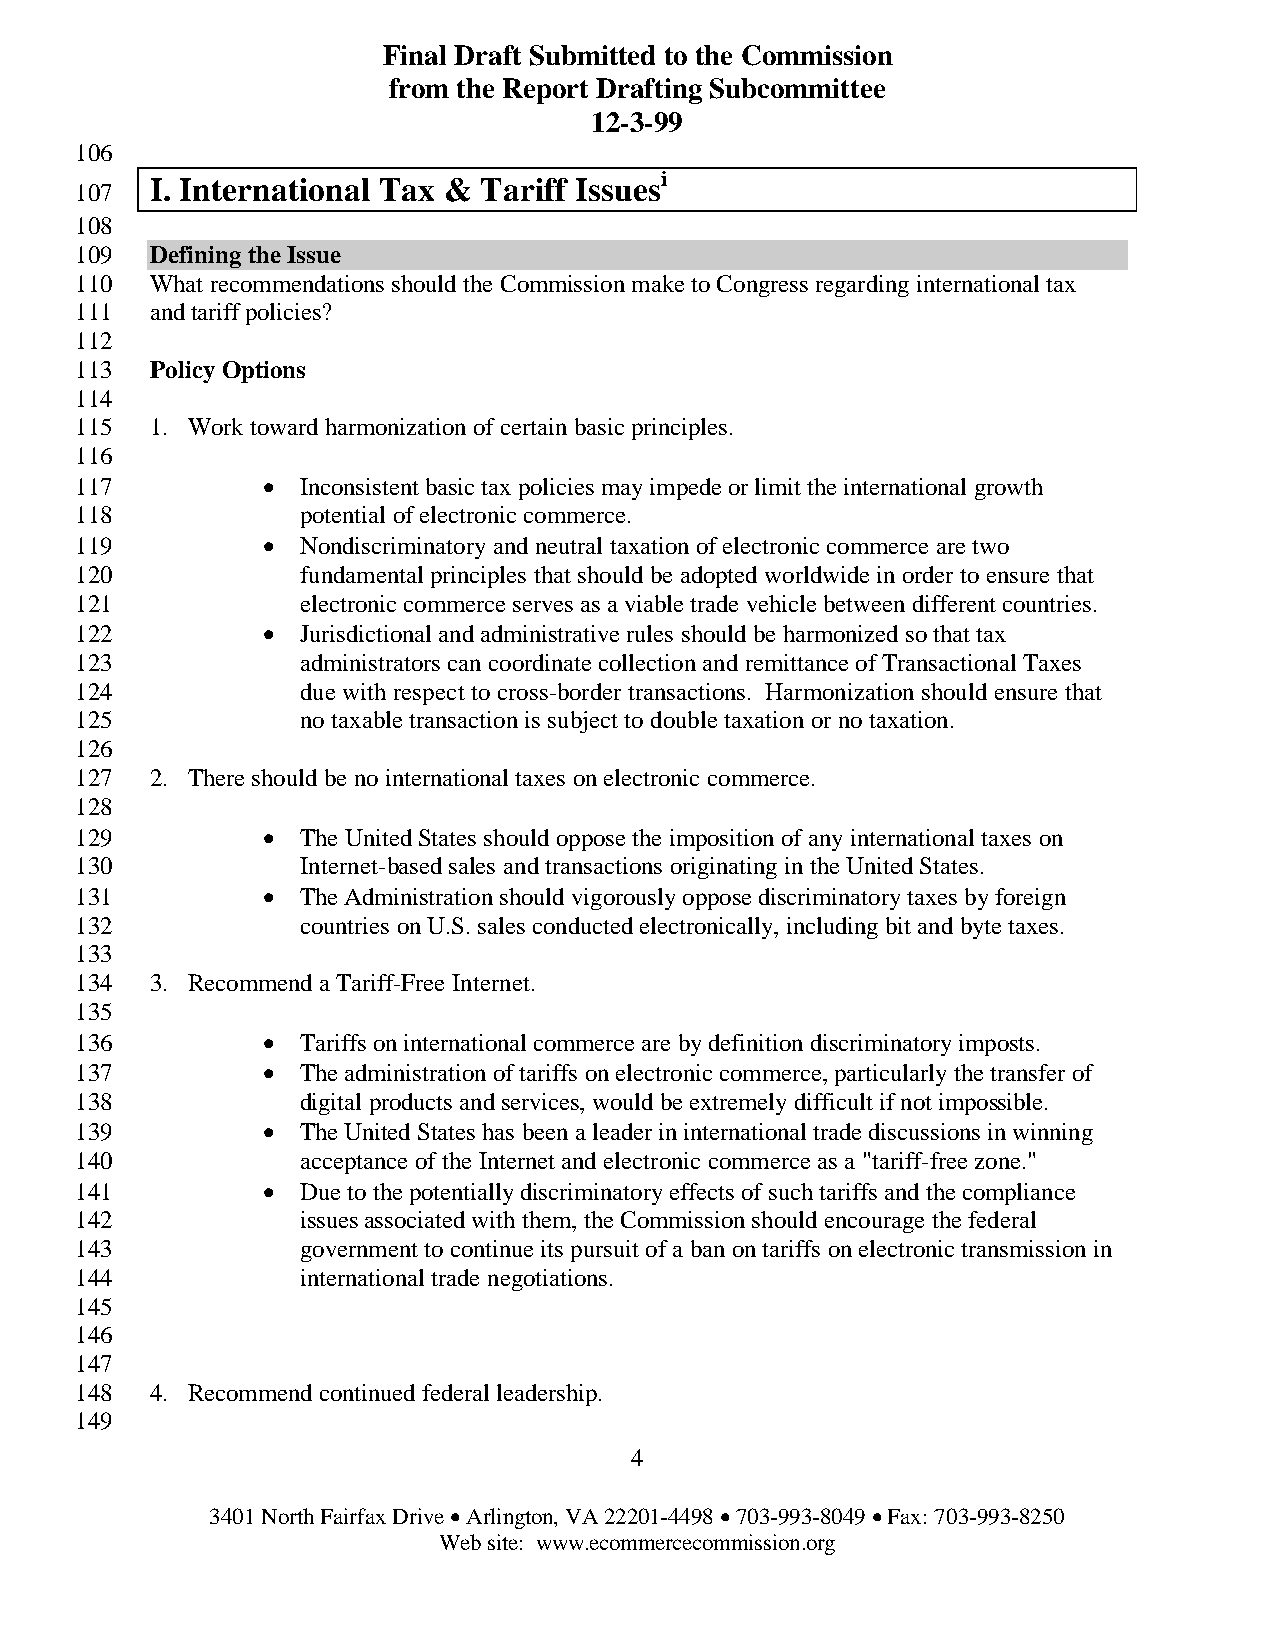
Final Draft Submitted to the Commission
 from the Report Drafting Subcommittee
 12-3-99
 106
 i
 I. International Tax & Tariff Issues
 107
 108
 109  Defining the Issue
 110  What recommendations should the Commission make to Congress regarding international tax
 111  and tariff policies?
 112
 113  Policy Options
 114
 115  1. Work toward harmonization of certain basic principles.
 116
 117         •  Inconsistent basic tax policies may impede or limit the international growth
 118            potential of electronic commerce.
 119         •  Nondiscriminatory and neutral taxation of electronic commerce are two
 120            fundamental principles that should be adopted worldwide in order to ensure that
 121            electronic commerce serves as a viable trade vehicle between different countries.
 122         •  Jurisdictional and administrative rules should be harmonized so that tax
 123            administrators can coordinate collection and remittance of Transactional Taxes
 124            due with respect to cross-border transactions. Harmonization should ensure that
 125            no taxable transaction is subject to double taxation or no taxation.
 126
 127  2. There should be no international taxes on electronic commerce.
 128
 129         •  The United States should oppose the imposition of any international taxes on
 130            Internet-based sales and transactions originating in the United States.
 131         •  The Administration should vigorously oppose discriminatory taxes by foreign
 132            countries on U.S. sales conducted electronically, including bit and byte taxes.
 133
 134  3. Recommend a Tariff-Free Internet.
 135
 136         •  Tariffs on international commerce are by definition discriminatory imposts.
 137         •  The administration of tariffs on electronic commerce, particularly the transfer of
 138            digital products and services, would be extremely difficult if not impossible.
 139         •  The United States has been a leader in international trade discussions in winning
 140            acceptance of the Internet and electronic commerce as a "tariff-free zone."
 141         •  Due to the potentially discriminatory effects of such tariffs and the compliance
 142            issues associated with them, the Commission should encourage the federal
 143            government to continue its pursuit of a ban on tariffs on electronic transmission in
 144            international trade negotiations.
 145
 146
 147
 148  4. Recommend continued federal leadership.
 149
 4
 3401 North Fairfax Drive • Arlington, VA 22201-4498 • 703-993-8049 • Fax: 703-993-8250
 Web site: www.ecommercecommission.org